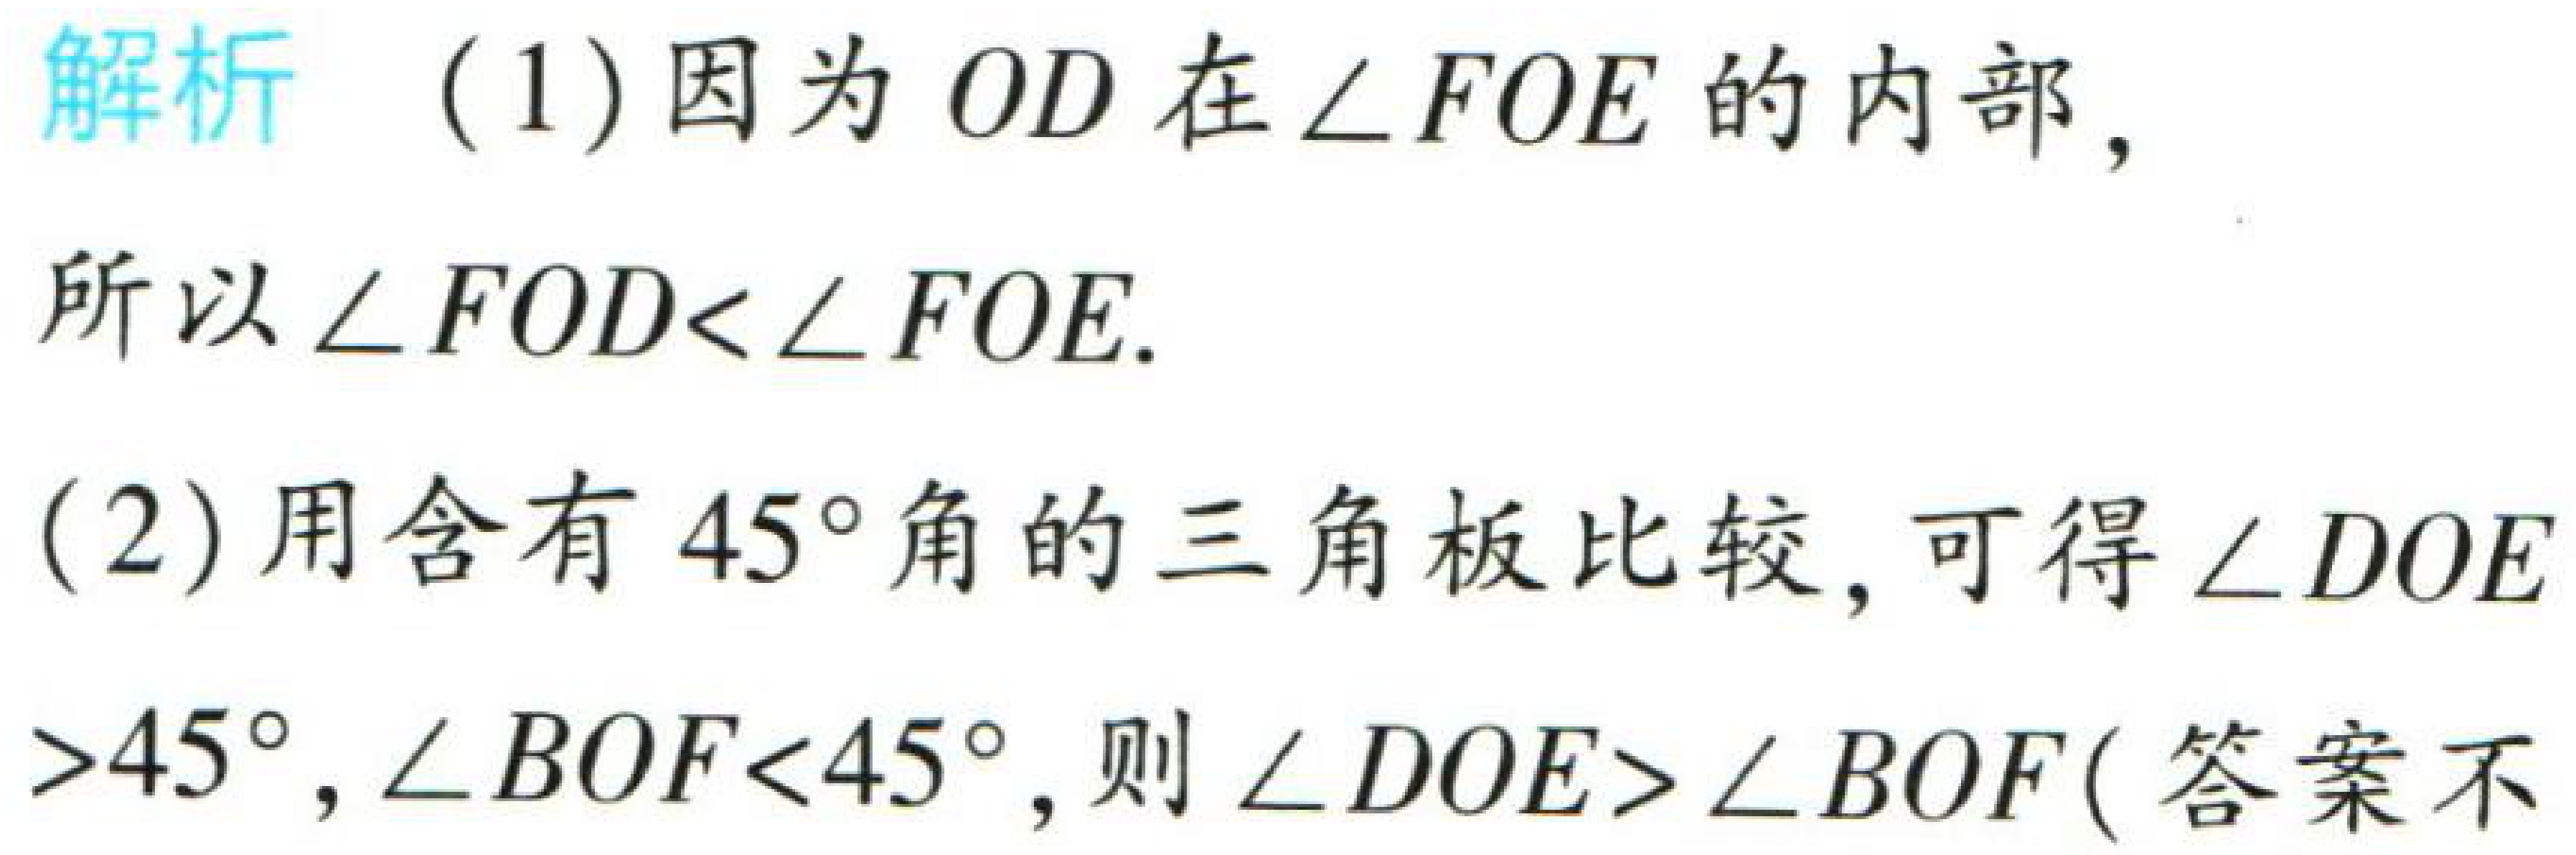
解析

(1) 因为 \(OD\) 在 \(\angle FOE\) 的内部,

所以 \(\angle FOD<\angle FOE\).

(2) 用含有 \(45^{\circ}\) 角的三角板比较, 可得 \(\angle DOE\)

\(>45^{\circ}\), \(\angle BOF<45^{\circ}\), 则 \(\angle DOE>\angle BOF\) (答案不